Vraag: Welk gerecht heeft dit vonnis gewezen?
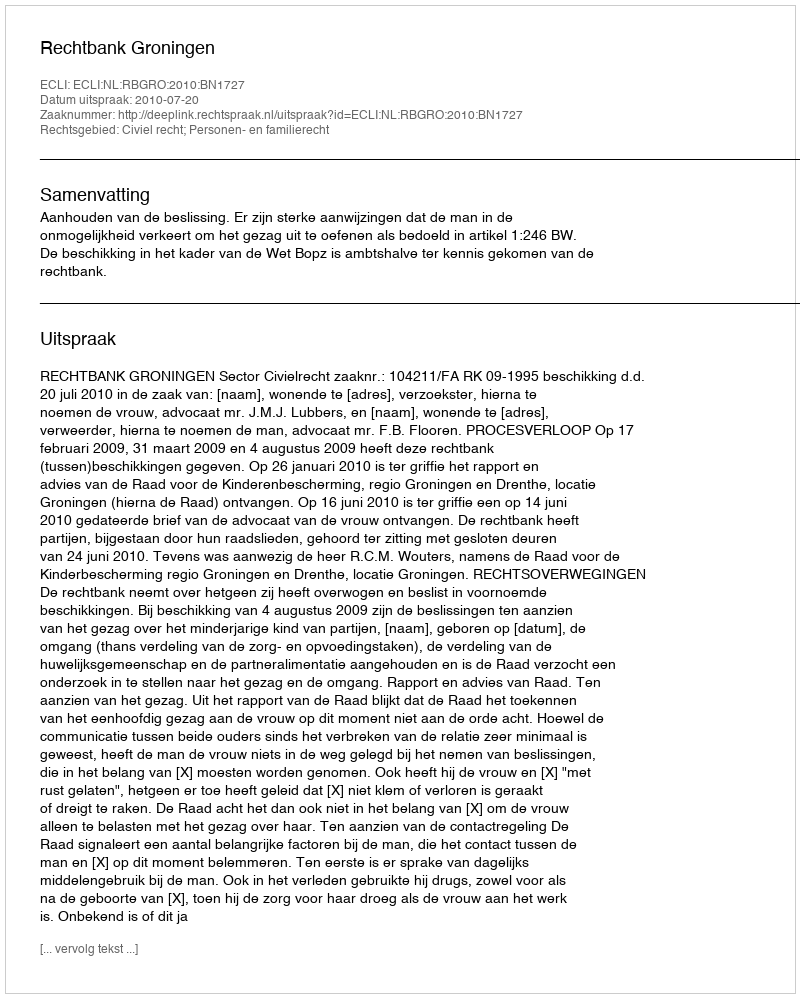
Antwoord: Rechtbank Groningen